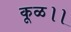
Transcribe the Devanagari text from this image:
कूळ।।